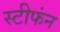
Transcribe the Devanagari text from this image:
स्टीफंन